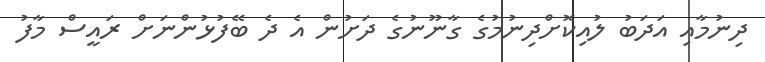
ދިނުމާއި އަދަބު ލުއިކޮށްދިނުމުގެ ގާނޫނުގެ ދަށުން އެ ދެ ބޭފުޅުންނަށް ރައީސް މާފު